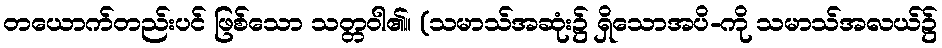
တယောက်တည်းပင် ဖြစ်သော သတ္တဝါ၏။ (သမာသ်အဆုံး၌ ရှိသောအပိ-ကို သမာသ်အလယ်၌